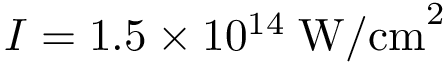
I = 1 . 5 \times 1 0 ^ { 1 4 } \; \mathrm { W / c m } ^ { 2 }